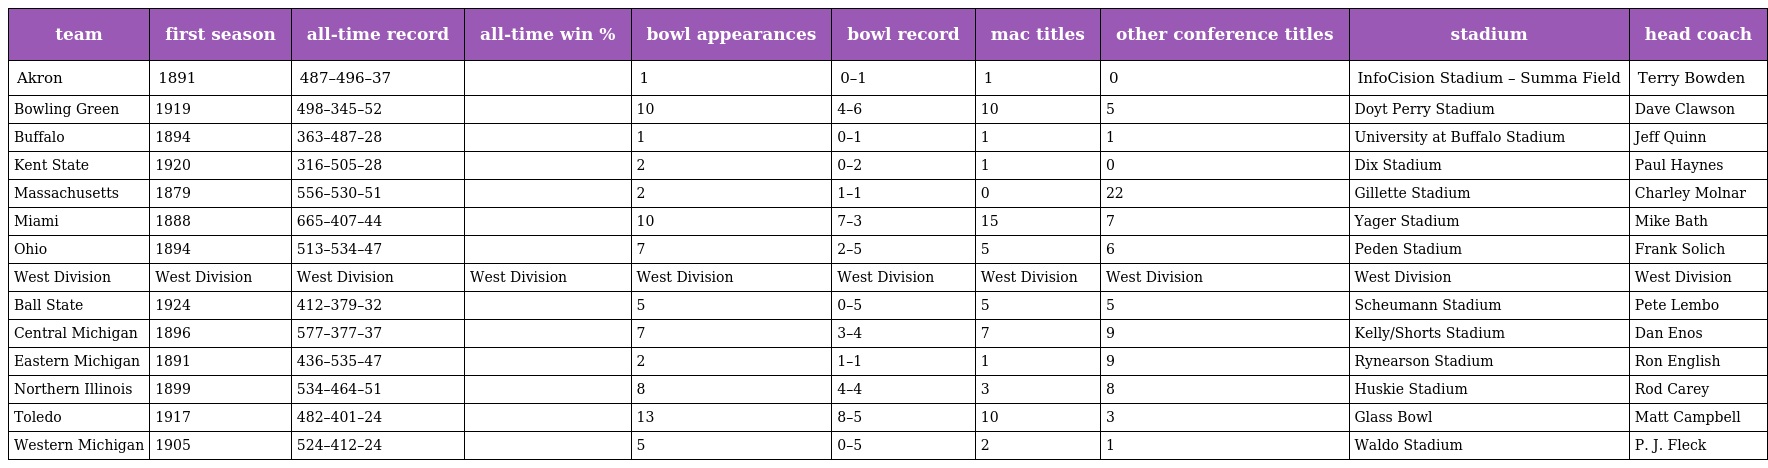
| team | first season | all-time record | all-time win % | bowl appearances | bowl record | mac titles | other conference titles | stadium | head coach |
 | --- | --- | --- | --- | --- | --- | --- | --- | --- | --- |
 | Akron | 1891 | 487–496–37 |  | 1 | 0–1 | 1 | 0 | InfoCision Stadium – Summa Field | Terry Bowden |
 | Bowling Green | 1919 | 498–345–52 |  | 10 | 4–6 | 10 | 5 | Doyt Perry Stadium | Dave Clawson |
 | Buffalo | 1894 | 363–487–28 |  | 1 | 0–1 | 1 | 1 | University at Buffalo Stadium | Jeff Quinn |
 | Kent State | 1920 | 316–505–28 |  | 2 | 0–2 | 1 | 0 | Dix Stadium | Paul Haynes |
 | Massachusetts | 1879 | 556–530–51 |  | 2 | 1–1 | 0 | 22 | Gillette Stadium | Charley Molnar |
 | Miami | 1888 | 665–407–44 |  | 10 | 7–3 | 15 | 7 | Yager Stadium | Mike Bath |
 | Ohio | 1894 | 513–534–47 |  | 7 | 2–5 | 5 | 6 | Peden Stadium | Frank Solich |
 | West Division | West Division | West Division | West Division | West Division | West Division | West Division | West Division | West Division | West Division |
 | Ball State | 1924 | 412–379–32 |  | 5 | 0–5 | 5 | 5 | Scheumann Stadium | Pete Lembo |
 | Central Michigan | 1896 | 577–377–37 |  | 7 | 3–4 | 7 | 9 | Kelly/Shorts Stadium | Dan Enos |
 | Eastern Michigan | 1891 | 436–535–47 |  | 2 | 1–1 | 1 | 9 | Rynearson Stadium | Ron English |
 | Northern Illinois | 1899 | 534–464–51 |  | 8 | 4–4 | 3 | 8 | Huskie Stadium | Rod Carey |
 | Toledo | 1917 | 482–401–24 |  | 13 | 8–5 | 10 | 3 | Glass Bowl | Matt Campbell |
 | Western Michigan | 1905 | 524–412–24 |  | 5 | 0–5 | 2 | 1 | Waldo Stadium | P. J. Fleck |